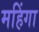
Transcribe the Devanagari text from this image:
महिंगा